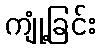
ကျုံ့ခြင်း